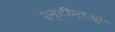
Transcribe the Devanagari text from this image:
एन्टीनाओं